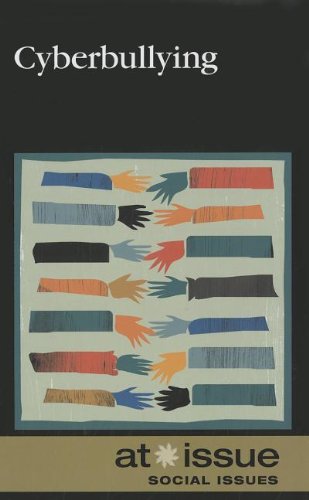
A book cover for Cyberbullying (At Issue); Louise Gerdes; Teen & Young Adult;